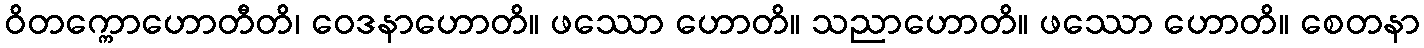
ဝိတက္ကောဟောတီတိ၊ ဝေဒနာဟောတိ။ ဖဿော ဟောတိ။ သညာဟောတိ။ ဖဿော ဟောတိ။ စေတနာ